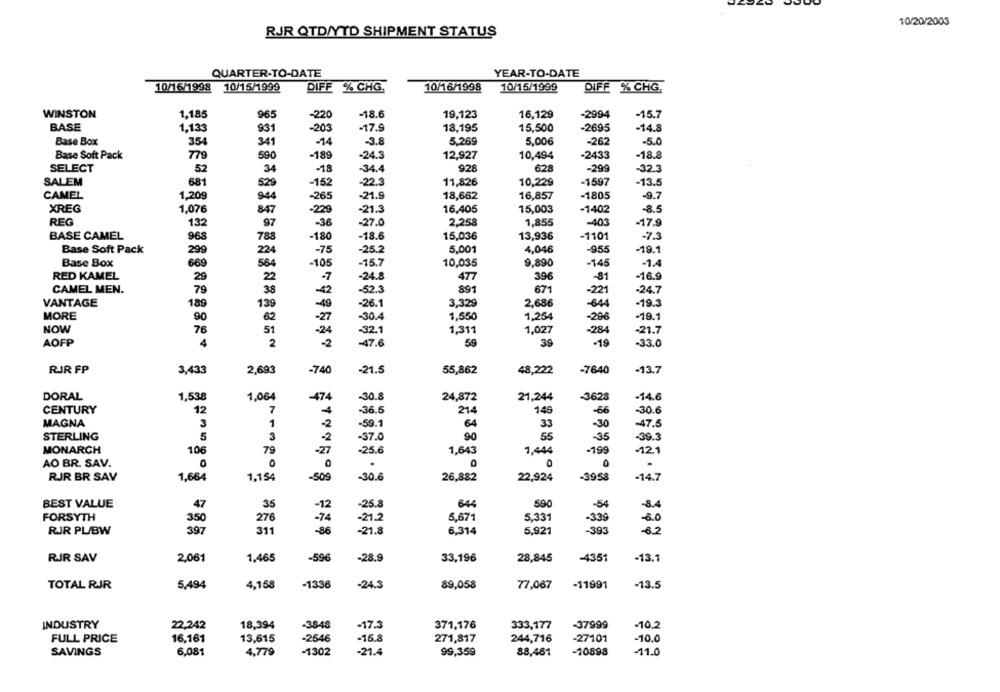
10/20/2003
RJR QTD/YTD SHIPMENT STATUS
QUARTER-TO-DATE
YEAR-TO-DATE
10/16/1998
10/15/1999
DIFE % CHG.
10/16/1998
10/15/1999
DIFE % CHG.
WINSTON
1,185
965
-220
-18.6
19,123
16,129
-2994
-15.7
BASE
1,133
931
-203
-17.9
18,195
15,500
-2695
-14.8
Base Box
354
341
-14
-3.8
5,269
5,006
-262
-5.0
Base Soft Pack
779
590
-189
-24.3
12,927
10,494
-2433
-18.8
SELECT
52
34
-18
-34.4
928
628
-299
-32.3
SALEM
681
529
-152
-22.3
11,826
10,229
-1597
-13.5
CAMEL
1,209
944
-265
-21.9
18,662
16,857
-1805
-9.7
XREG
16,405
15,003
-8.5
847
-229
-21.3
-1402
REG
132
97
-36
-27.0
2,258
-403
-17.9
1,855
-1101
BASE CAMEL
968
788
-180
-18.6
15,036
13,936
-7.3
-25.2
5,001
-955
-19.1
Base Soft Pack
299
224
-75
4,046
Base Box
-105
-15.7
10,035
9,890
-145
-1.4
669
564
RED KAMEL
29
-7
-24.8
477
396
-81
-16.9
2
CAMEL MEN.
79
38
-42
-52.3
891
671
-221
-24.7
VANTAGE
189
139
-49
-26.1
3,329
2,686
-64
-19.3
MORE
90
62
-27
-30.4
1.550
1,254
-296
-19.1
NOW
78
51
-24
-32.1
1,311
1,027
-284
-21.7
AOFP
4
2
-2
-47.6
59
39
-19
-33.0
RJR FP
3,433
2,693
-740
-21.5
55,862
48,222
-7640
-13.7
DORAL
1,538
1,064
-474
-30.8
24,872
21,244
-3628
-14.6
CENTURY
12
4
-36.5
214
149
-66
-30.6
3
MAGNA
1
-2
-59.1
64
33
-30
-47.5
STERLING
5
3
90
55
-2
-37.0
-35
-39.3
MONARCH
106
-27
-25.6
1,643
-199
-12.1
79
1,444
AO BR. SAV.
0
0
0
.
0
.
RJR BR SAV
1,664
1,154
-509
-30.6
26,882
22,924
-3958
-14.7
BEST VALUE
47
35
-12
-25.8
644
590
-54
-8.4
FORSYTH
350
276
-74
-21.2
5,671
5.331
-339
-6.0
RJR PL/BW
397
311
-86
-21.8
6.314
5.921
-393
-6.2
RJR SAV
2.061
1.465
-596
-28.9
33,196
28,845
-4351
-13.1
TOTAL RJR
5,494
4,158
-1336
-24.3
89,058
77,067
-11991
-13.5
INDUSTRY
22,242
18,394
-3848
-17.3
371,176
333,177
-37999
-10.2
-16.8
FULL PRICE
16,161
13,615
-2546
271,817
244,716
-27101
-10.0
6,081
-21.4
-10898
-11.0
SAVINGS
4,779
-1302
99,359
88,461